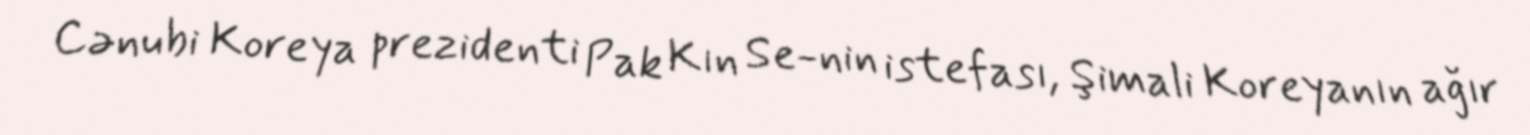
Cənubi Koreya prezidenti Pak Kın Se-nin istefası, Şimali Koreyanın ağır